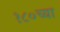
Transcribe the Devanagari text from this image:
१८०च्या